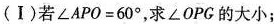
(Ⅰ)若$$∠ A P O = 6 0 °$$，求∠OPC的大小；